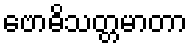
ဗောဓိသတ္တမာတာ